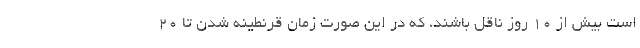
است بیش از ۱۰ روز ناقل باشند، که در این صورت زمان قرنطینه شدن تا ۲۰